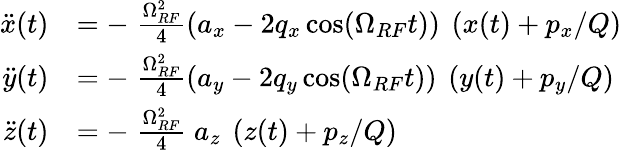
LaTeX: \begin{array}{rl}{\ddot{x}(t)}&{=-\; \frac{\Omega_{RF}^{2}}{4}\left(a_{x}-2q_{x}\cos(\Omega_{RF}t)\right)\ \left(x(t)+p_{x}/Q\right)}\\ {\ddot{y}(t)}&{=-\; \frac{\Omega_{RF}^{2}}{4}\left(a_{y}-2q_{y}\cos(\Omega_{RF}t)\right)\ \left(y(t)+p_{y}/Q\right)}\\ {\ddot{z}(t)}&{=-\; \frac{\Omega_{RF}^{2}}{4}\; a_{z}\ \left(z(t)+p_{z}/Q\right)}\end{array}